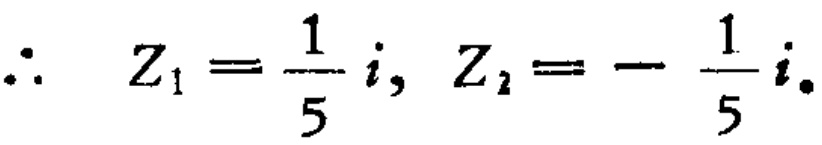
\(\therefore \ Z_{1}=\frac {1}{5}i,\ Z_{2}=-\frac {1}{5}i.\)